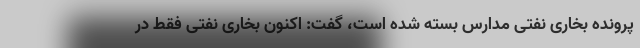
پرونده بخاری نفتی مدارس بسته شده است، گفت: اکنون بخاری نفتی فقط در